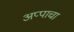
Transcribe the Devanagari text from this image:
अप्पाचा